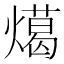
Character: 𭶎